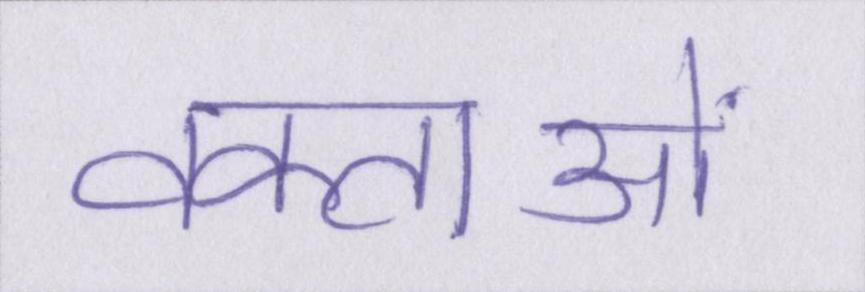
वक्ताओं